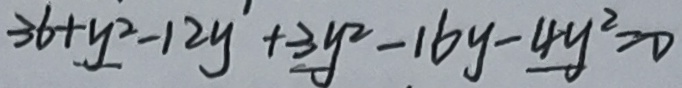
3 6 + y ^ { 2 } - 1 2 y + 3 y ^ { 2 } - 1 6 y - 4 y ^ { 2 } = 0